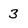
Character: 3